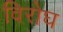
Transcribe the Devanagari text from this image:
विरोघ